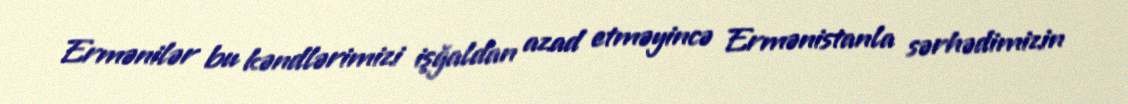
Ermənilər bu kəndlərimizi işğaldan azad etməyincə Ermənistanla sərhədimizin